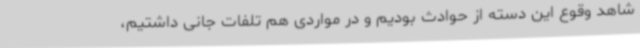
شاهد وقوع این دسته از حوادث بودیم و در مواردی هم تلفات جانی داشتیم،